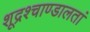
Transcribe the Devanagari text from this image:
शूद्रश्चाण्डालतां